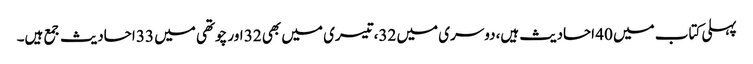
پہلی کتاب میں 40 احادیث ہیں،دوسری میں 32،تیسری میں بھی 32 اور چوتھی میں 33 احادیث جمع ہیں۔